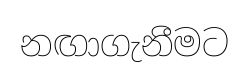
නඟාගැනීමට